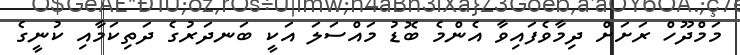
މަމްދޫހް ރަށަށް ދިމާވެފައިވާ އެންމެ ބޮޑު މައްސަލަ އަކީ ބަނދަރުގެ ދަތިކަމާއި ކުނީގެ